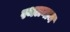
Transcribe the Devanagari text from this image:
स्थलनाम